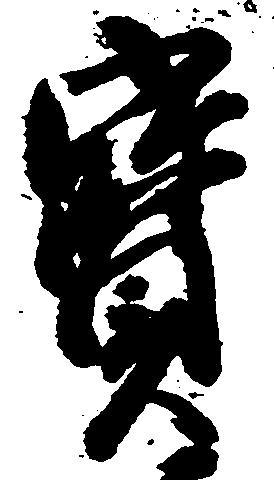
宝